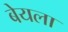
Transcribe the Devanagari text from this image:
बेयला